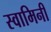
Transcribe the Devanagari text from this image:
स्‍वामिनी